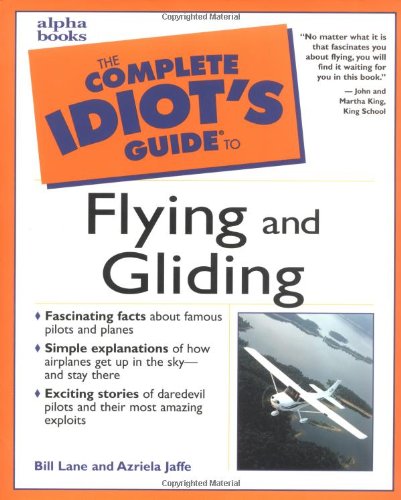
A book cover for Complete Idiot's Guide to Flying and Gliding; Azriela Jaffe; Sports & Outdoors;